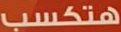
هتكسب